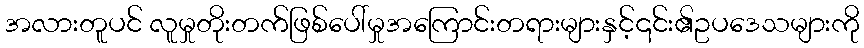
အလားတူပင် လူမှုတိုးတက်ဖြစ်ပေါ်မှုအကြောင်းတရားများနှင့်၎င်း၏ဥပဒေသများကို